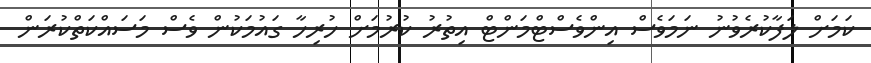
ކަމަށް ލަފާކުރެވުނު ނަމަވެސް އިންވެސްޓްމަންޓް އިތުރު ކުރުމަށް ހުރިހާ ގައުމަކުން ވެސް މަސައްކަތްކުރަން